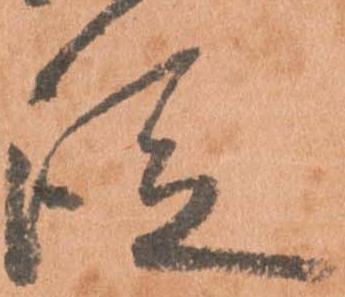
従